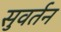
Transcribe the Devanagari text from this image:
सुवर्तन